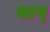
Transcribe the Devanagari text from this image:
भाग्